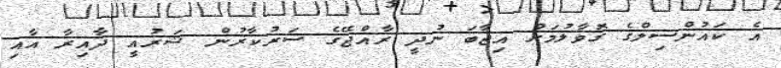
އެ ކައުންސިލްގެ ގޮވާލުމަށް އިޖާބަ ނުދީ ރާއްޖޭގެ ސަރުކާރުން ޝަރުއީ ދާއިރާ އާއި